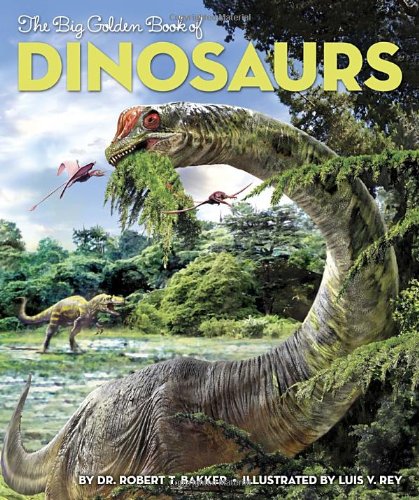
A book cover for The Big Golden Book of Dinosaurs (Big Golden Books); Dr. Robert T. Bakker; Science & Math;